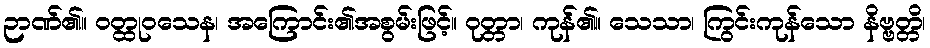
ဉာဏ်၏။ ဝတ္ထုဝသေန၊ အကြောင်း၏အစွမ်းဖြင့်။ ဝုတ္တာ၊ ကုန်၏။ သေသာ၊ ကြွင်းကုန်သော နိဗ္ဗတ္တိ၊